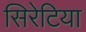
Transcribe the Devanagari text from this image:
सिरेटिया